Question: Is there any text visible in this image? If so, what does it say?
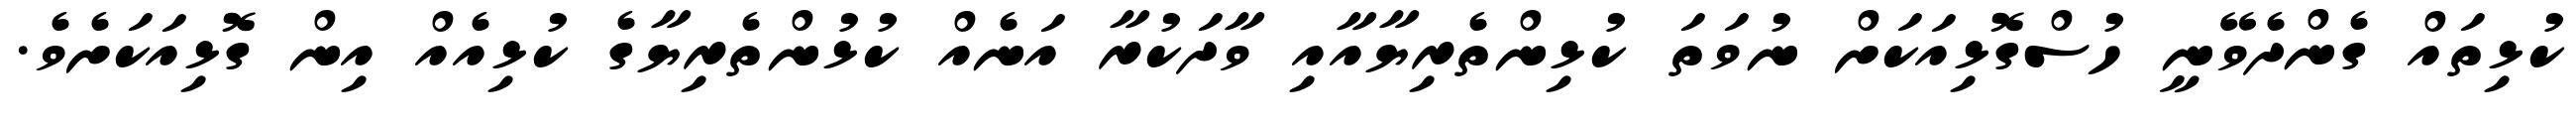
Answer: ކުޅިތައް ގެންދެވޭނީ ހުސްގޮޅިއަކަށް ނުވަތަ ކުޅިންތެރިޔާއާއި ވާދަކުރާ އަނެއް ކުޅުންތެރިޔާގެ ކުޅިއެއް އިން ގޮޅިއަކަށެވެ.